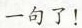
一句了！